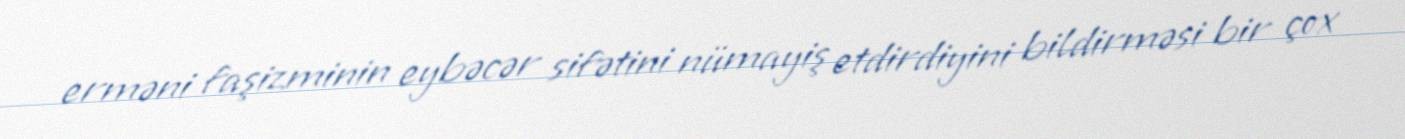
erməni faşizminin eybəcər sifətini nümayiş etdirdiyini bildirməsi bir çox